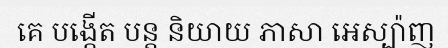
គេ បង្កើត បន្ត និយាយ ភាសា អេស្ប៉ាញ